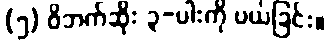
(၅) ဝိဘက်ဆိုး ၃-ပါးကို ပယ်ခြင်း။